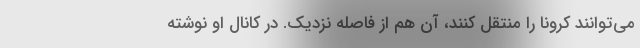
می‌توانند کرونا را منتقل کنند، آن هم از فاصله نزدیک. در کانال او نوشته